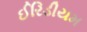
ઈરિડીયમ